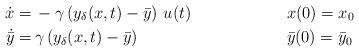
LaTeX: \begin{align*}\dot x =&\,- \gamma \left ( y_\delta({x},t)-\bar{y} \right ) \,u(t) && {x}(0)={x}_0\\\dot{\bar{y}} = &\, \gamma\left (y_\delta({x},t)-\bar{y}\right ) && \bar{y}(0)=\bar{y}_0 \end{align*}